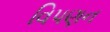
વિપણન